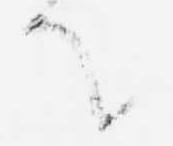
て